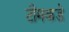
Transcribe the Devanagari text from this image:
टीमकडे